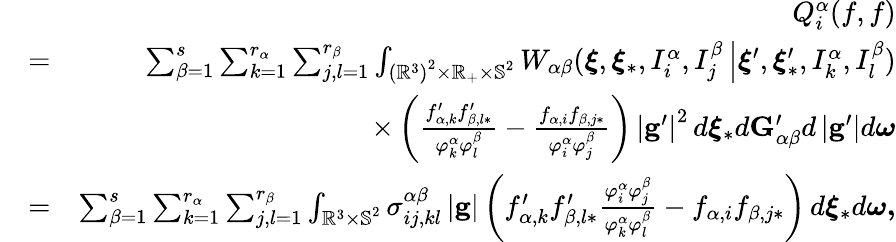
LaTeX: \begin{array}{rlr}&{}&{Q_{i}^{\alpha}(f,f)}\\ &{=}&{\sum_{\beta=1}^{s}\sum_{k=1}^{r_{\alpha}}\sum_{j,l=1}^{r_{\beta}}\int_{\left(\mathbb{R}^{3}\right)^{2}\times\mathbb{R}_{+}\mathbb{\times S}^{2}}W_{\alpha\beta}(\boldsymbol{\xi},\boldsymbol{\xi}_{\ast},I_{i}^{\alpha},I_{j}^{\beta}\left\vert\boldsymbol{\xi}^{\prime},\boldsymbol{\xi}_{\ast}^{\prime},I_{k}^{\alpha},I_{l}^{\beta}\right.)}\\ &{}&{\times\left(\frac{f_{\alpha,k}^{\prime}f_{\beta,l\ast}^{\prime}}{\varphi_{k}^{\alpha}\varphi_{l}^{\beta}}-\frac{f_{\alpha,i}f_{\beta,j\ast}}{\varphi_{i}^{\alpha}\varphi_{j}^{\beta}}\right)\, \left\vert\mathbf{g}^{\prime}\right\vert^{2}\, d\boldsymbol{\xi}_{\ast}d\mathbf{G}_{\alpha\beta}^{\prime}d\left\vert\mathbf{g}^{\prime}\right\vert d\boldsymbol{\omega}}\\ &{=}&{\sum_{\beta=1}^{s}\sum_{k=1}^{r_{\alpha}}\sum_{j,l=1}^{r_{\beta}}\int_{\mathbb{R}^{3}\mathbb{\times S}^{2}}\sigma_{ij,kl}^{\alpha\beta}\left\vert\mathbf{g}\right\vert\left(f_{\alpha,k}^{\prime}f_{\beta,l\ast}^{\prime}\frac{\varphi_{i}^{\alpha}\varphi_{j}^{\beta}}{\varphi_{k}^{\alpha}\varphi_{l}^{\beta}}-f_{\alpha,i}f_{\beta,j\ast}\right)\, d\boldsymbol{\xi}_{\ast}d\boldsymbol{\omega,}}\end{array}